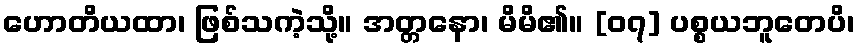
ဟောတိယထာ၊ ဖြစ်သကဲ့သို့။ အတ္တနော၊ မိမိ၏။ [၀၇] ပစ္စယဘူတေပိ၊